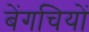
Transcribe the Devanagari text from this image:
बेंगचियों